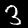
Digit: 3